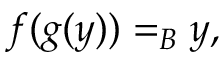
f ( g ( y ) ) = _ { B } y ,